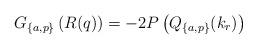
LaTeX: \begin{align*}G_{\{a,p\}}\left(R(q)\right)=-2P\left(Q_{\{a,p\}}(k_r)\right)\end{align*}